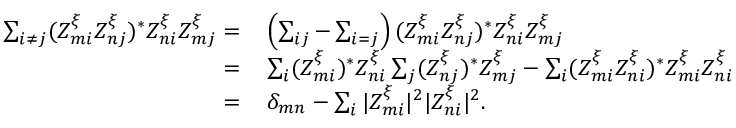
\begin{array} { r l } { \sum _ { i \neq j } ( Z _ { m i } ^ { \xi } Z _ { n j } ^ { \xi } ) ^ { * } Z _ { n i } ^ { \xi } Z _ { m j } ^ { \xi } = \, } & { \left( \sum _ { i j } - \sum _ { i = j } \right) ( Z _ { m i } ^ { \xi } Z _ { n j } ^ { \xi } ) ^ { * } Z _ { n i } ^ { \xi } Z _ { m j } ^ { \xi } } \\ { = \, } & { \sum _ { i } ( Z _ { m i } ^ { \xi } ) ^ { * } Z _ { n i } ^ { \xi } \sum _ { j } ( Z _ { n j } ^ { \xi } ) ^ { * } Z _ { m j } ^ { \xi } - \sum _ { i } ( Z _ { m i } ^ { \xi } Z _ { n i } ^ { \xi } ) ^ { * } Z _ { m i } ^ { \xi } Z _ { n i } ^ { \xi } } \\ { = \, } & { \delta _ { m n } - \sum _ { i } | Z _ { m i } ^ { \xi } | ^ { 2 } | Z _ { n i } ^ { \xi } | ^ { 2 } . } \end{array}